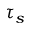
\tau _ { s }